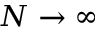
N \to \infty